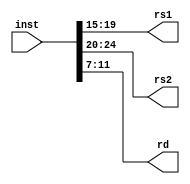
`default_nettype none

module inst_decode_register(
    input wire[31:0] inst,
    output reg[4:0] rs1,
    output reg[4:0] rs2,
    output reg[4:0] rd
);

always @* begin
    rs2 = inst[24:20];
    rs1 = inst[19:15];
    rd = inst[11:7];
end

endmodule